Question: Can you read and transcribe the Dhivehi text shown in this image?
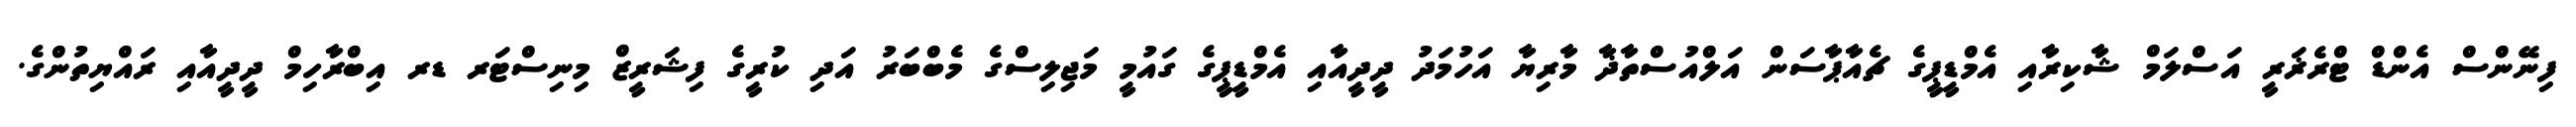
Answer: ފިނޭންސް އެންޑް ޓްރެޜަރީ އަސްލަމް ޝާކިރާއި އެމްޑީޕީގެ ޗެއާޕާސަން އަލްއުސްތާޛާ މާރިޔާ އަހުމަދު ދީދީއާއި އެމްޑީޕީގެ ގައުމީ މަޖިލިސްގެ މެބްބަރު އަދި ކުރީގެ ފިޝަރީޒް މިނިސްޓަރ ޑރ އިބްރާހިމް ދީދީއާއި ރައްޔިތުންގެ.